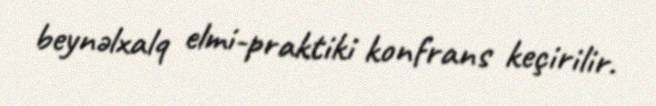
beynəlxalq elmi-praktiki konfrans keçirilir.